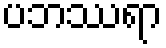
ပဘဿရာ